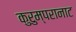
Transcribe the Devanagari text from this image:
कुरुम्परानाट